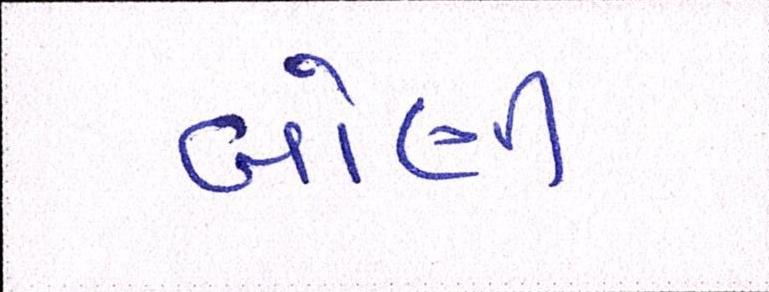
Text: બોણી